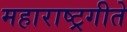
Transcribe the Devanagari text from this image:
महाराष्ट्रगीते